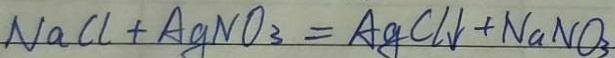
N a C l + A g N O _ { 3 } = A g C l \downarrow + N a N O _ { 3 }